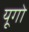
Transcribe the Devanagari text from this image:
यूगो